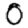
Digit: 0